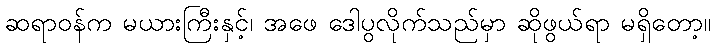
ဆရာဝန်က မယားကြီးနှင့်၊ အဖေ ဒေါပွလိုက်သည်မှာ ဆိုဖွယ်ရာ မရှိတော့။